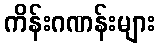
ကိန်းဂဏန်းများ